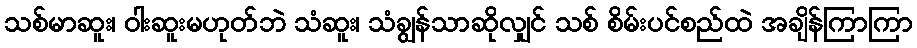
သစ်မာဆူး၊ ဝါးဆူးမဟုတ်ဘဲ သံဆူး၊ သံချွန်သာဆိုလျှင် သစ် စိမ်းပင်စည်ထဲ အချိန်ကြာကြာ